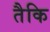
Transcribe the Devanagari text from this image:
तैकि